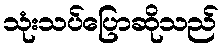
သုံးသပ်ပြောဆိုသည်